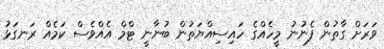
ވަރަށް ގާތުން ފެނުނު މީހެއްގެ ހައިސިއްޔަތުން ބުނާނީ ޓްމް އެއްވެސް ކަމެއް ރަނގަޅު